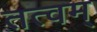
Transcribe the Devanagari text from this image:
तत्वम्